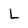
Character: L